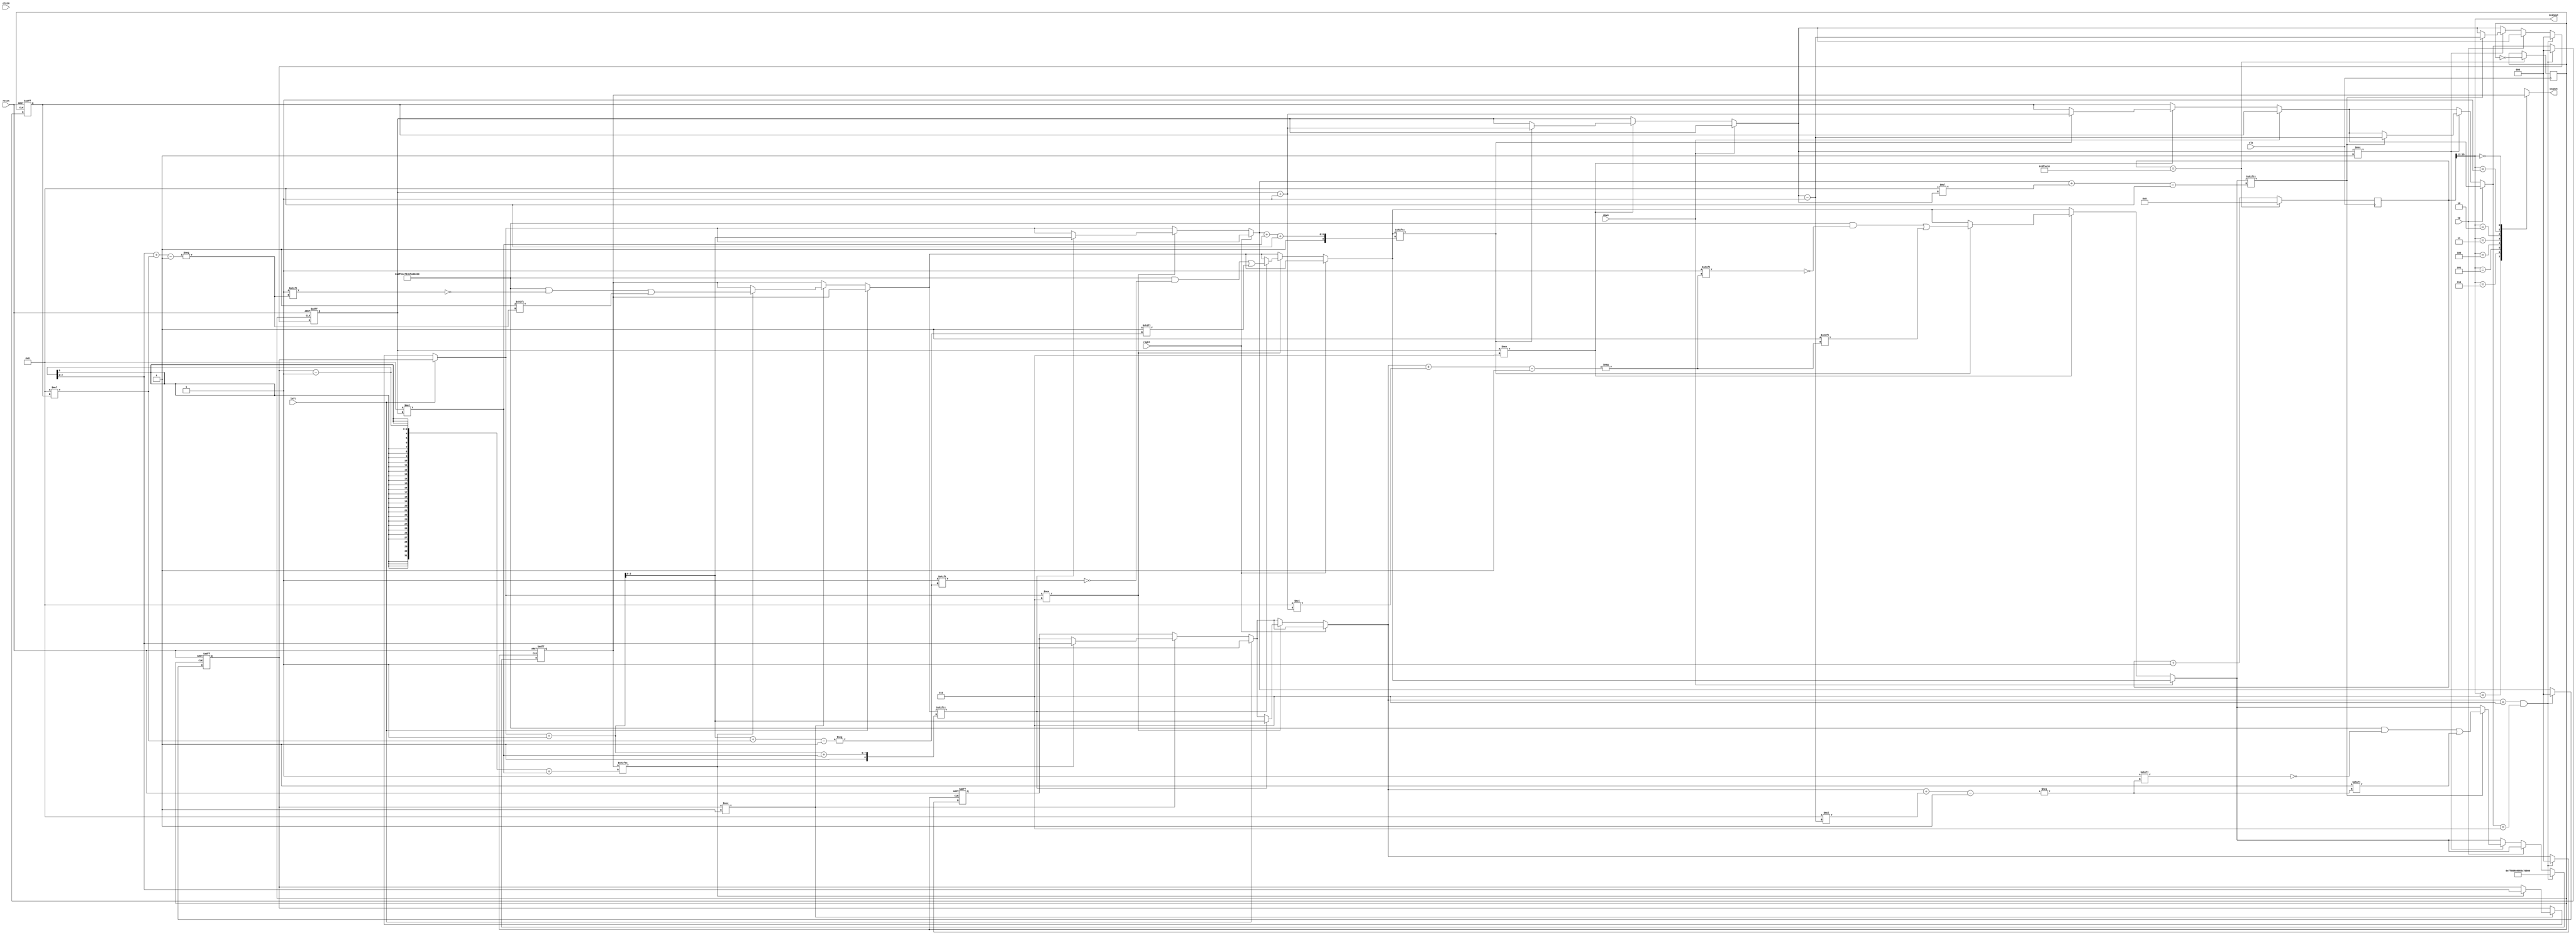
module Maze (clk,clk20,reset,left,right,up,down,segout,scanout);

input clk,clk20,reset,left,right,up,down;
output reg[7:0] segout;
output reg[2:0] scanout;

reg[25:0] cnt_scan;//
reg[15:0] cnt_clk2;//randnum

reg[2:0] x=0, y=0;
reg[2:0] posX,posY;
reg[63:0] q;
reg clk1;
//------------------ clock running -----------------------
always@(posedge clk )
begin
	cnt_scan<=cnt_scan+1;
	if (cnt_scan == 06250000) begin
		cnt_scan <=0;
		clk1 = ~clk1;
	end
end
//---------modify display digit ----------
	always @(posedge clk1 , negedge reset)
	begin
	
		if (reset == 0)
		begin
			x = 0;
			y = 0;
			posX = 0;
			posY = 0;

			q = 64'hdf51e794bfa9adf5;
			q[posX+8*posY] = 1'b0;
		end
		else begin
			if(left == 0)
			begin
				if(x !== 0)
				begin
					if(q[x-1+8*y] == 1'b1)
					begin					
					x = x-1;
					posX = x;
					q = 64'hdf51e794bfa9adf5;
					q[posX+8*posY] = 1'b0;
					end
				end
			end
			if(right == 0)
			begin
				if(x !== 7)
				begin
					if(q[x+1+8*y] == 1'b1)
					begin
					x = x+1;
					posX = x;
					q = 64'hdf51e794bfa9adf5;
					q[posX+8*posY] = 1'b0;
					end
				end
			end
			if(down == 0)
			begin
				if(y !== 7)
				begin
					if(q[x+8*y+8] == 1'b1)
					begin
					y = y+1;
					posY = y;
					q = 64'hdf51e794bfa9adf5;
					q[posX+8*posY] = 1'b0;
					end
				end
			end
			if(up == 0)
			begin
				if(y !== 0)
				begin
					if(q[x+8*y-8] == 1'b1)
					begin
					y = y-1;
					posY = y;
					q = 64'hdf51e794bfa9adf5;
					q[posX+8*posY] = 1'b0;
					end
				end
			end
			if(posX == 7 && posY == 7)
			begin
			x = 0;
			y = 0;
			posX = 0;
			posY = 0;

			q <= 64'hff80808083c7cfcf;
			end
		end
	end
//-----------scan and display 7-SEG-------------

always@(cnt_scan[15:13])
begin
	scanout <= cnt_scan[15:13];
end

always@(scanout) //
begin
	case(scanout)
		7:
			segout=q[63:56];
		6:
			segout=q[55:48];
		5:
			segout=q[47:40];
		4:
			segout=q[39:32];
		3:
			segout=q[31:24];
		2:
			segout=q[23:16];
		1:
			segout=q[15:8];
		0:
			segout=q[7:0];
		default:
			segout=8'b11111111;
	endcase
end

endmodule